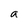
Character: a